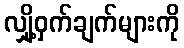
လျှို့ဝှက်ချက်များကို